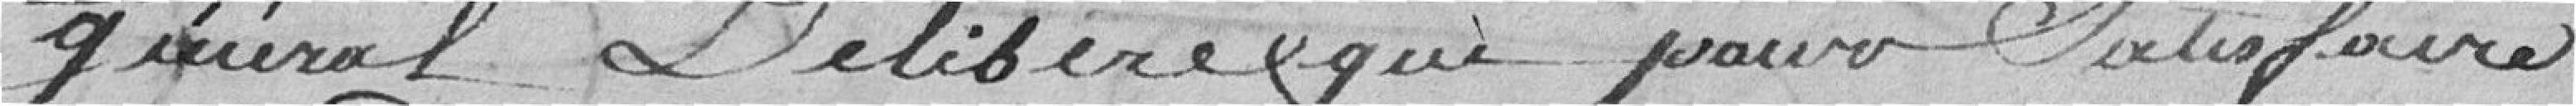
Général délibère que pour satisfaire